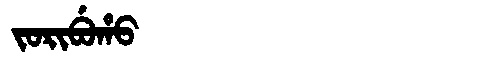
Manchu: ᠵᠣᡵᡳᠪᡠᡥᠣ
Romanization: JORIBUHO